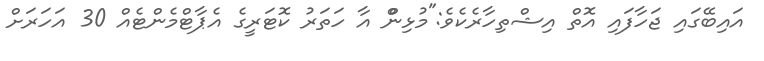
އައިބޭގައި ޖަހާފައި އޮތް އިޝްތިހާރެކެވެ:"މުޅިންް އާ ހަތަރު ކޮޓަރީގެ އެޕާޓްމެންޓެއް 30 އަހަރަށް